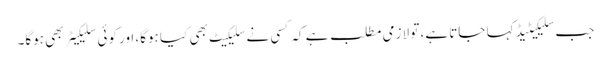
جب سلیکیٹیڈ کہا جاتا ہے، تو لازمی مطلب ہے کہ کسی نے سلیکیٹ بھی کیا ہوگا، اور کوئی سلیکیٹر بھی ہوگا۔